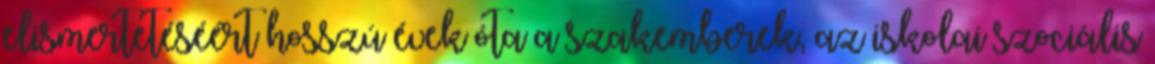
elismertetéséért hosszú évek óta a szakemberek, az iskolai szociális